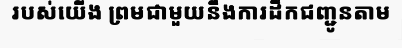
របស់យើង ព្រមជាមួយនឹងការដឹកជញ្ជូនតាម